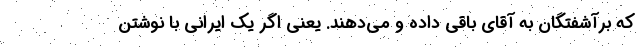
که برآشفتگان به آقای باقی داده و می‌دهند. یعنی اگر یک ایرانی با نوشتن